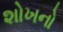
શોખનો